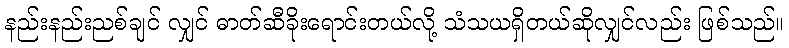
နည်းနည်းညစ်ချင် လျှင် ဓာတ်ဆီခိုးရောင်းတယ်လို့ သံသယရှိတယ်ဆိုလျှင်လည်း ဖြစ်သည်။